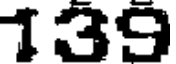
139